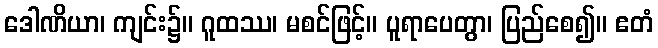
ဒေါဏိယာ၊ ကျင်း၌။ ဂူထဿ၊ မစင်ဖြင့်။ ပူရာပေတွာ၊ ပြည်စေ၍။ ဧတံ